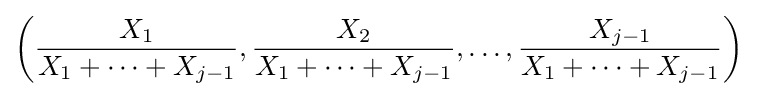
\left({\frac {X_{1}}{X_{1}+\cdots +X_{j-1}}},{\frac {X_{2}}{X_{1}+\cdots +X_{j-1}}},\ldots ,{\frac {X_{j-1}}{X_{1}+\cdots +X_{j-1}}}\right)